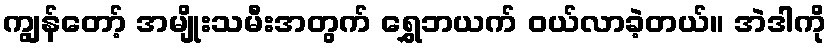
ကျွန်တော့် အမျိုးသမီးအတွက် ရွှေဘယက် ဝယ်လာခဲ့တယ်။ အဲဒါကို